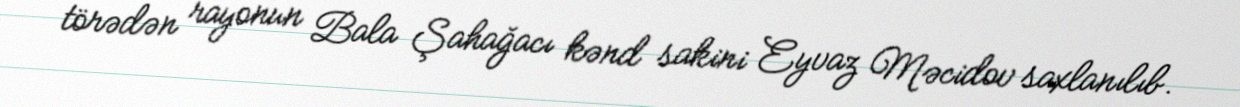
törədən rayonun Bala Şahağacı kənd sakini Eyvaz Məcidov saxlanılıb.